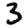
Digit: 3